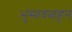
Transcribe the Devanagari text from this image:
भुसावळहून